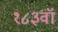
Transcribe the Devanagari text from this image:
१८३वॉ